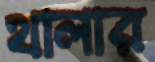
থালার